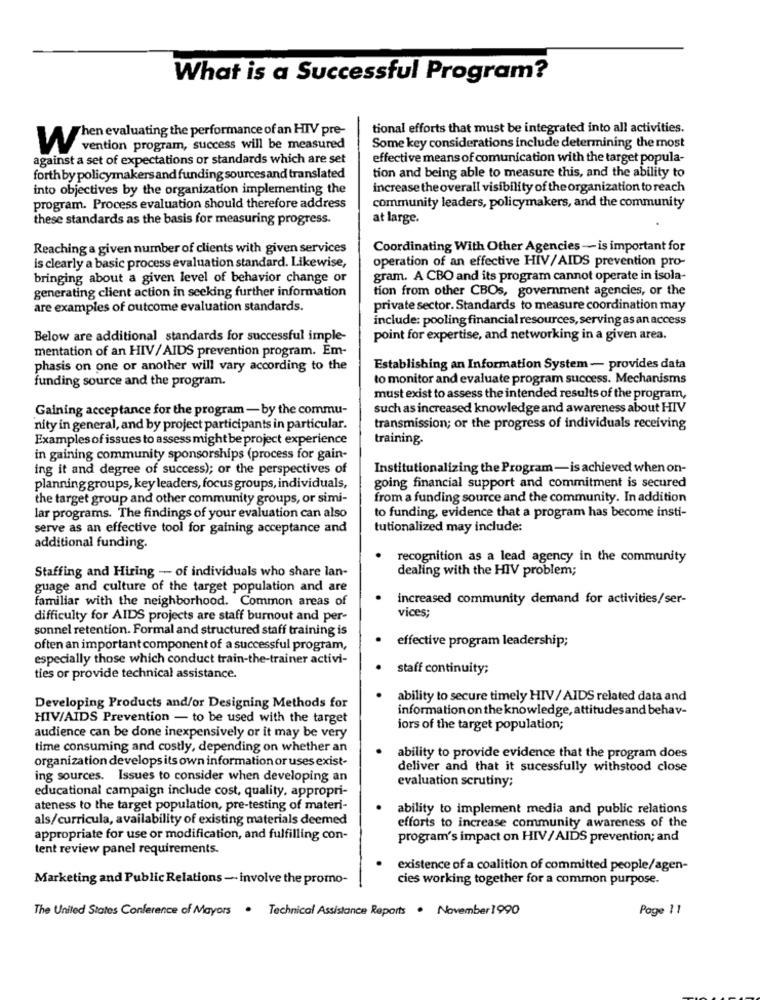
What is a Successful Program?
tional efforts that must be integrated into all activities.
When evaluating the performance of an HIV pre-
vention program, success will be measured
Some key considerations include determining the most
against a set of expectations or standards which are set
effective means of comunication with the target popula-
tion and being able to measure this, and the ability to
forthby policymakers and funding sources and translated
into objectives by the organization implementing the
increase the overall visibility of the organization to reach
program. Process evaluation should therefore address
community leaders, policymakers, and the community
these standards as the basis for measuring progress.
at large.
Reaching a given number of clients with given services
Coordinating With Other Agencies - is important for
operation of an effective HIV/AIDS prevention pro-
is clearly a basic process evaluation standard. Likewise,
bringing about a given level of behavior change or
gram. A CBO and its program cannot operate in isola-
generating client action in seeking further information
tion from other CBOs, government agencies, or the
are examples of outcome evaluation standards.
private sector. Standards to measure coordination may
include: pooling financial resources, serving as an access
Below are additional standards for successful imple-
point for expertise, and networking in a given area.
mentation of an HIV/AIDS prevention program. Em-
phasis on one or another will vary according to the
Establishing an Information System - provides data
funding source and the program.
to monitor and evaluate program success. Mechanisms
must exist to assess the intended results of the program,
Gaining acceptance for the program - by the commu-
such as increased knowledge and awareness about HIV
nity in general, and by project participants in particular.
transmission; or the progress of individuals receiving
Examples of issues to assess might be project experience
training.
in gaining community sponsorships (process for gain-
ing it and degree of success); or the perspectives of
Institutionalizing the Program-is achieved when on-
planning groups, key leaders, focus groups, individuals,
going financial support and commitment is secured
the target group and other community groups, or simi-
from a funding source and the community. In addition
lar programs. The findings of your evaluation can also
to funding, evidence that a program has become insti-
serve as an effective tool for gaining acceptance and
tutionalized may include:
additional funding.
recognition as a lead agency in the community
Staffing and Hiring - of individuals who share lan-
dealing with the HIV problem;
guage and culture of the target population and are
familiar with the neighborhood. Common areas of
.
increased community demand for activities/ser-
difficulty for AIDS projects are staff burnout and per-
vices;
sonnel retention. Formal and structured staff training is
effective program leadership;
often an important component of a successful program,
especially those which conduct train-the-trainer activi-
staff continuity;
ties or provide technical assistance.
ability to secure timely HIV / AIDS related data and
Developing Products and/or Designing Methods for
information on the knowledge, attitudes and behav-
HIV/AIDS Prevention - to be used with the target
iors of the target population;
audience can be done inexpensively or it may be very
time consuming and costly, depending on whether an
organization develops its own information or uses exist-
ability to provide evidence that the program does
deliver and that it sucessfully withstood close
ing sources. Issues to consider when developing an
evaluation scrutiny;
educational campaign include cost, quality, appropri-
ateness to the target population, pre-testing of materi-
ability to implement media and public relations
als/curricula, availability of existing materials deemed
efforts to increase community awareness of the
appropriate for use or modification, and fulfilling con-
program's impact on HIV/ AIDS prevention; and
tent review panel requirements.
existence of a coalition of committed people/agen-
Marketing and Public Relations - involve the promo-
cies working together for a common purpose.
The United States Conference of Mayors . Technical Assistance Reports . November 1990
Page 11